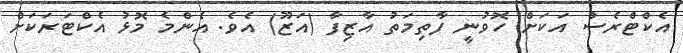
އެކްޓްރެސް އަކަށް ހޮވުނީ ފާތިމަތު އާޒިފާ (އަޒޫ) އެވެ. އެންމެ މޮޅު އެކްޓަރަކަށް